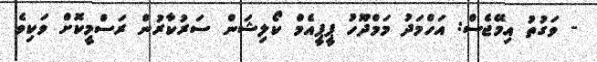
- ވަގުތު އިމޭޖެސް: އަހްމަދު މަމްދޫހު ޕީޕީއެމް ކޯލިޝަން ސަރުކާރުން ރަސްމީކޮށް ވަކިވެ